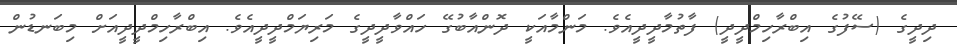
ދިދީގެ (ސޭފުގެ އިބްރާހިމްދީދީ) ފާތުމާދީދީއެވެ. މަންމާއަކީ ދޮންއާބުގޭ ހައްވާދީދީގެ މަރިޔަމްދީދީއެވެ. އިބްރާހިމްދީދީއަށް މިބަނޑުން